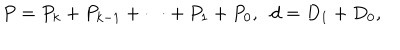
LaTeX: P = P _ { k } + P _ { k - 1 } + \cdots + P _ { 1 } + P _ { 0 } , \; \; d = D _ { 1 } + D _ { 0 } ,